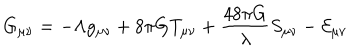
LaTeX: G _ { \mu \nu } = - \Lambda g _ { \mu \nu } + 8 \pi G T _ { \mu \nu } + \frac { 4 8 \pi G } { \lambda } S _ { \mu \nu } - { \cal E } _ { \mu \nu }